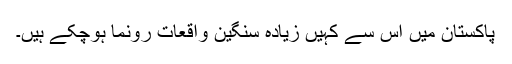
پاکستان میں اس سے کہیں زیادہ سنگین واقعات رونما ہوچکے ہیں۔